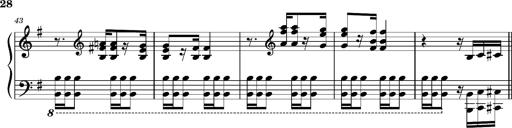
Title: Ungarischer Romanzero
Composer: Franz Liszt